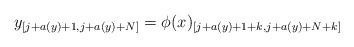
LaTeX: \begin{align*} y_{[j+a(y)+1,j+a(y)+N]}= \phi(x)_{[j+a(y)+1+k, j+a(y)+N+k]}\end{align*}